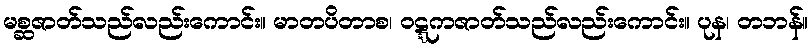
မစ္ဆဇာတ်သည်လည်းကောင်း။ မာတပိတာစ၊ ဝဋ္ဋကဇာတ်သည်လည်းကောင်း။ ပုန၊ တဘန်။